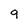
Character: 9